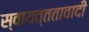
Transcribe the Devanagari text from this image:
स्वायत्ततावादी